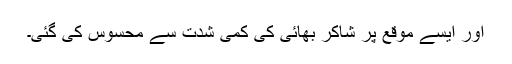
اور ایسے موقع پر شاکر بھائی کی کمی شدت سے محسوس کی گئی۔